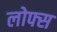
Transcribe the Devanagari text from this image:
लोफ्स